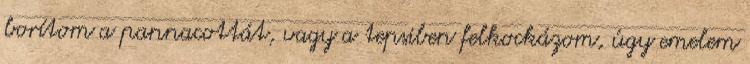
borítom a pannacottát, vagy a tepsiben felkockázom, úgy emelem